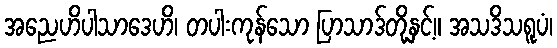
အညေဟိပါသာဒေဟိ၊ တပါးကုန်သော ပြာသာဒ်တို့နှင့်။ အသဒိသရူပံ၊